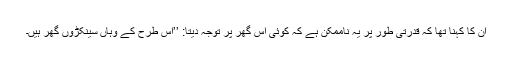
ان کا کہنا تھا کہ قدرتی طور پر یہ ناممکن ہے کہ کوئی اس گھر پر توجہ دیتا: ’’اس طرح کے وہاں سینکڑوں گھر ہیں۔